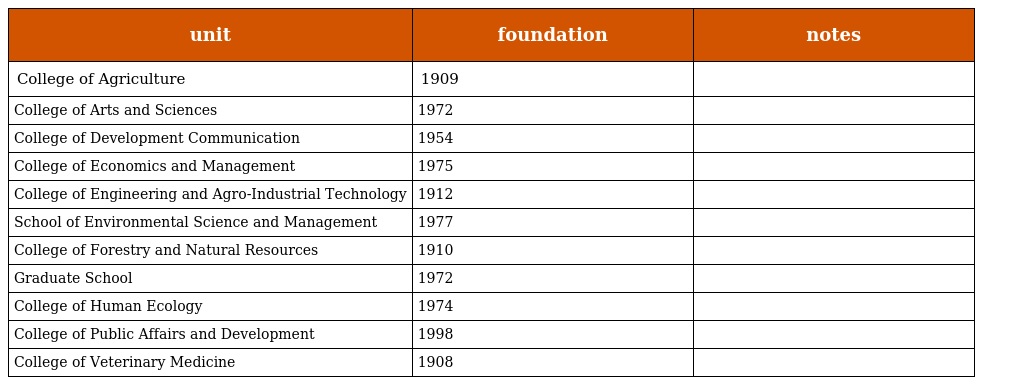
| unit | foundation | notes |
 | --- | --- | --- |
 | College of Agriculture | 1909 |  |
 | College of Arts and Sciences | 1972 |  |
 | College of Development Communication | 1954 |  |
 | College of Economics and Management | 1975 |  |
 | College of Engineering and Agro-Industrial Technology | 1912 |  |
 | School of Environmental Science and Management | 1977 |  |
 | College of Forestry and Natural Resources | 1910 |  |
 | Graduate School | 1972 |  |
 | College of Human Ecology | 1974 |  |
 | College of Public Affairs and Development | 1998 |  |
 | College of Veterinary Medicine | 1908 |  |